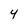
Character: 4